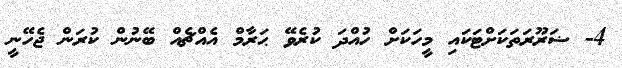
4- ޟަރޫރަތަކަށްޓަކައި މީހަކަށް ހުއްދަ ކުރެވޭ ޙަރާމް އެއްޗެއް ބޭނުން ކުރަން ޖެހޭނީ